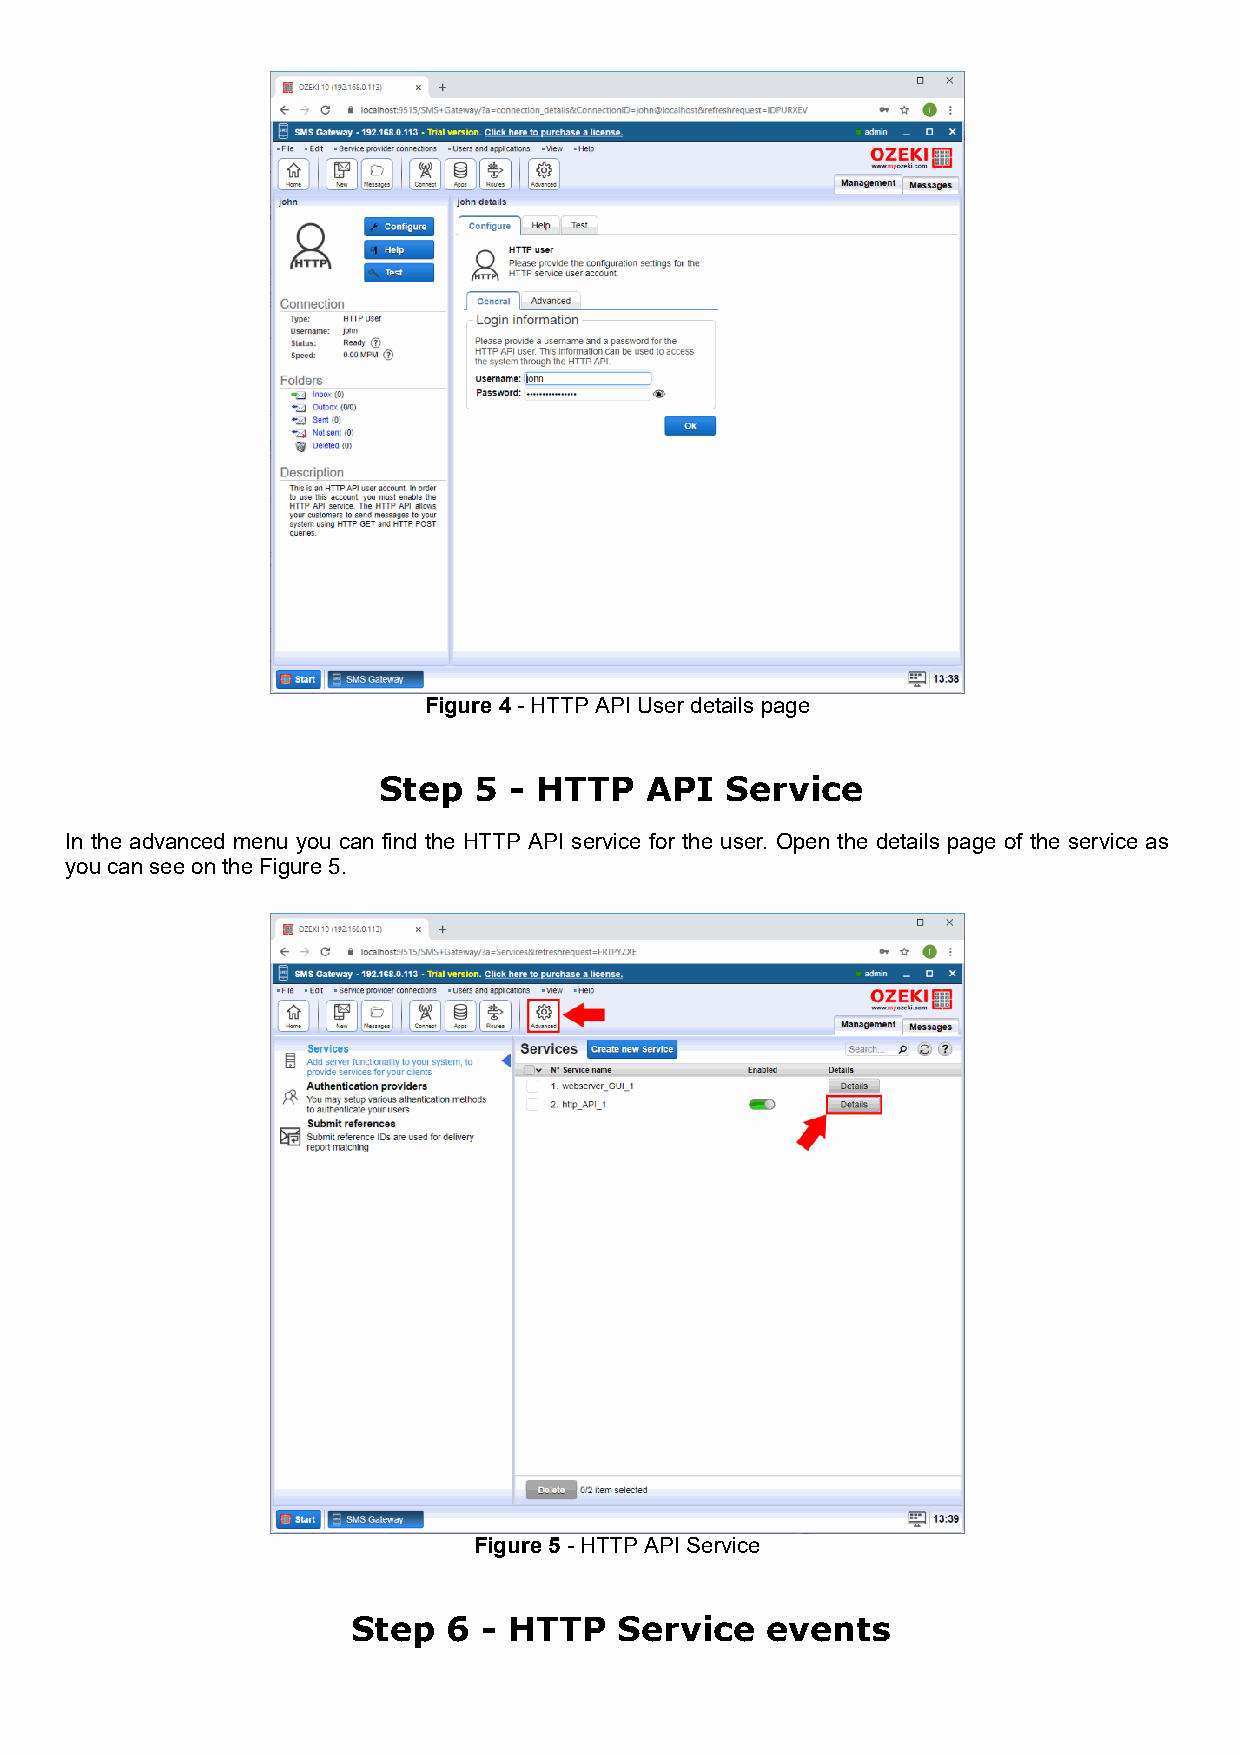
Figure 4 - HTTP API User details page
 Step  5  - HTTP   API  Service
 In the advanced menu you can find the HTTP API service for the user. Open the details page of the service as
 you can see on the Figure 5.
 Figure 5 - HTTP API Service
 Step   6 - HTTP   Service   events